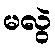
မလွဲ